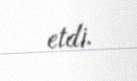
etdi.